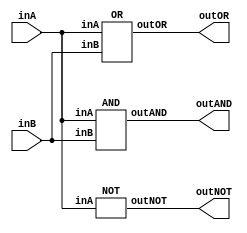
/* CSED273 lab1 experiment 2_iv */
/* lab1_2_iv.v */


module lab1_2_iv(outAND, outOR, outNOT, inA, inB);
    output wire outAND, outOR, outNOT;
    input wire inA, inB;

    AND andGate(outAND, inA, inB);
    OR orGate(outOR, inA, inB);
    NOT notGate(outNOT, inA);

endmodule


/* Implement AND, OR, and NOT modules with {NOR}
 * You are only allowed to wire modules below
 * i.e.) No and, or, not, etc. Only nor, AND, OR, NOT are available*/
module AND(outAND, inA, inB);
    output wire outAND;
    input wire inA, inB; 

    NOT notGate(notA, inA);      // A'
    NOT notGate2(notB, inB);     // B'
    nor(outAND, notA, notB);     // (A'+B')' = AB

endmodule

module OR(outOR, inA, inB); 
    output wire outOR;
    input wire inA, inB;

    nor(temp, inA, inB);         // (A+B)' = A'B'
    NOT notGate(outOR, temp);    // ((A+B)')' = A+B

endmodule

module NOT(outNOT, inA);
    output wire outNOT;
    input wire inA;

    nor(outNOT, inA, inA);       // (A+A)' = A'

endmodule